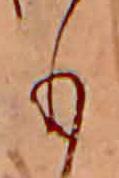
も